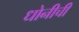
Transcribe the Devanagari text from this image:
धोनीची